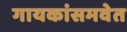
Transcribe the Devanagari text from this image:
गायकांसमवेत